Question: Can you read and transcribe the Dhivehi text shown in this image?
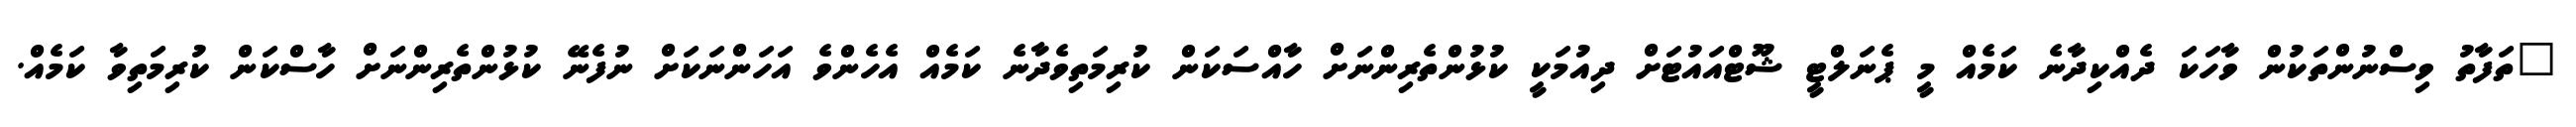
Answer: "ތަފާތު ވިސްނުންތަކުން ވާހަކަ ދެއްކިދާނެ ކަމެއް މީ ޕެނަލްޓީ ޝޫޓްއައުޓަށް ދިއުމަކީ ކުޅުންތެރިންނަށް ހާއްސަކަން ކުރިމަތިވެދާނެ ކަމެއް އެހެންވެ އަހަންނަކަށް ނުފެނޭ ކުޅުންތެރިންނަށް ހާސްކަން ކުރިމަތިވާ ކަމެއް.